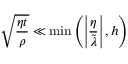
\sqrt { \frac { \eta t } { \rho } } \ll \operatorname* { m i n } \left( \left| \frac { \eta } { \tilde { \lambda } } \right| , h \right)